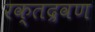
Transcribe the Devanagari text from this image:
रक्तद्रवण